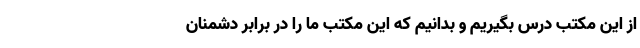
از این مکتب درس بگیریم و بدانیم که این مکتب ما را در برابر دشمنان